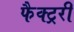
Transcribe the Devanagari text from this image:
फैक्ट्ररी